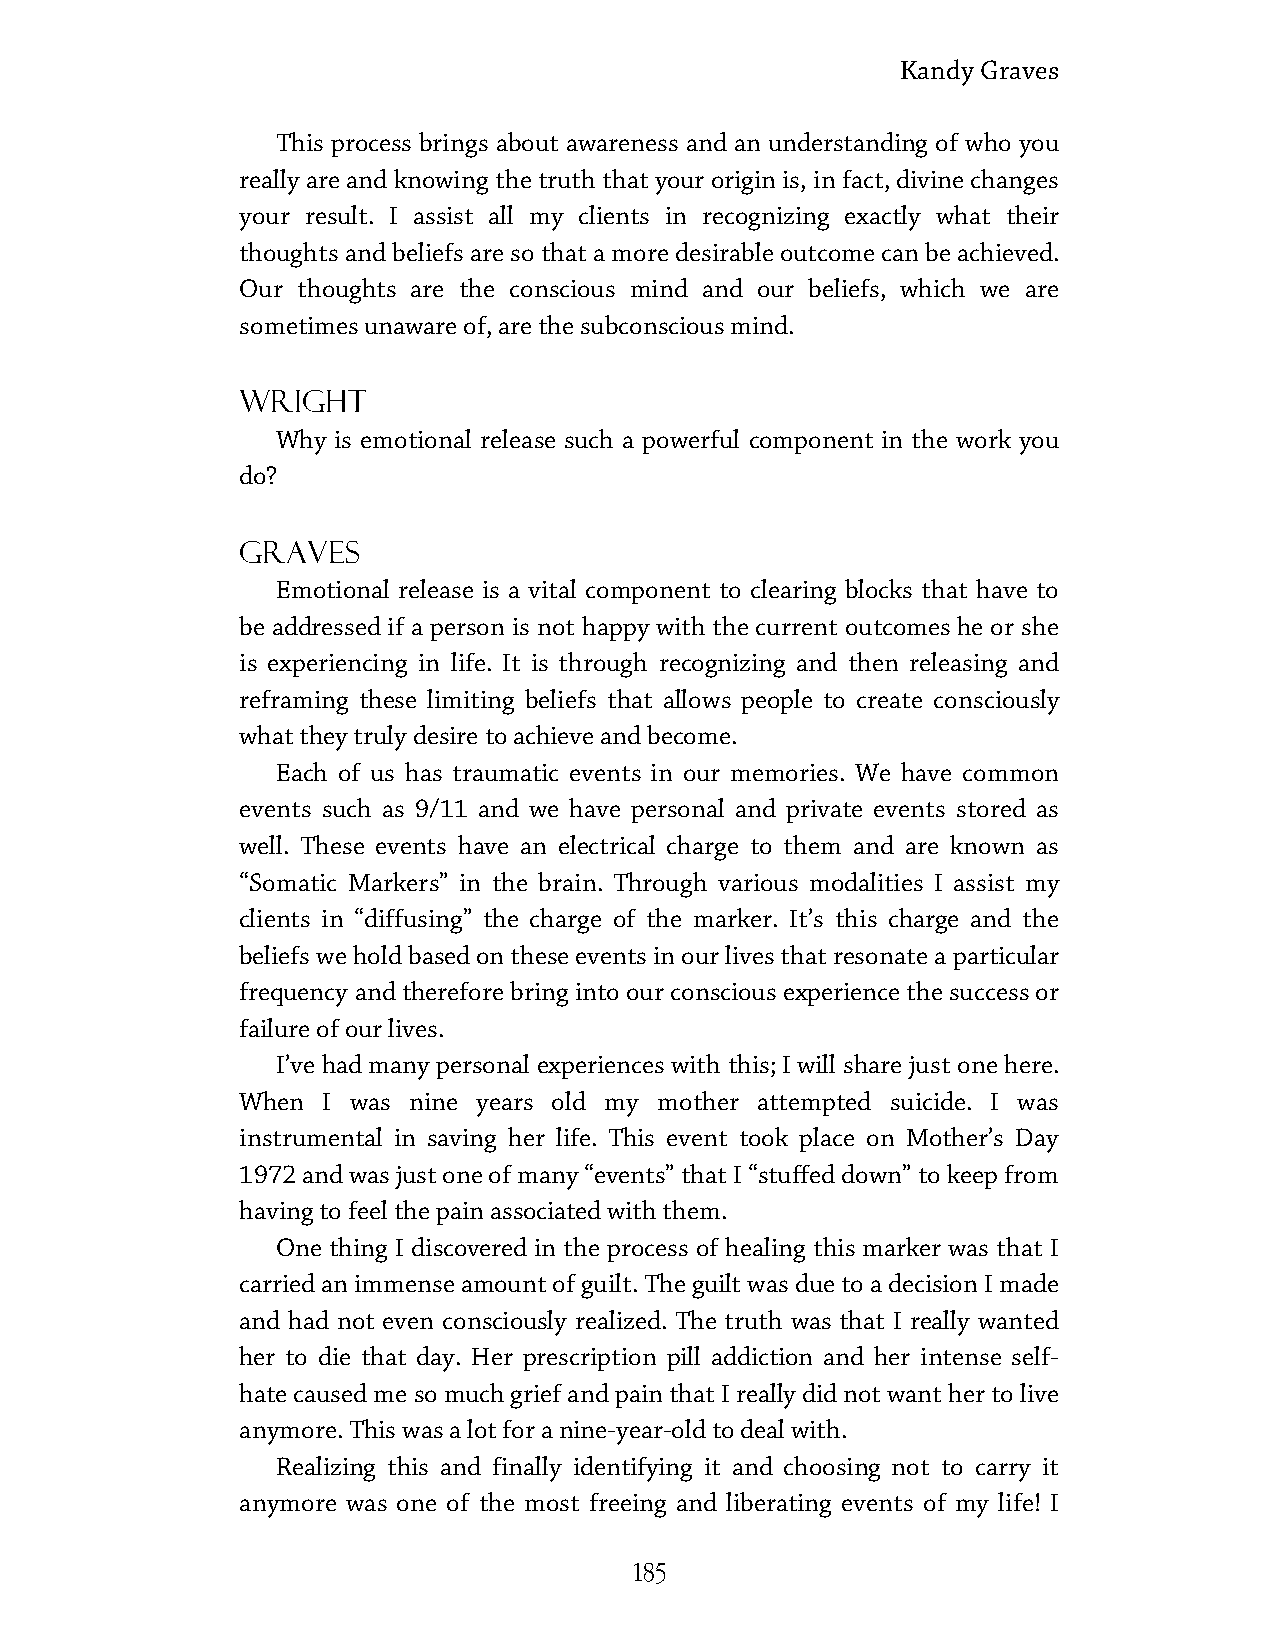
Kandy Graves
 This process brings about awareness and an understanding of who you
 really are and knowing the truth that your origin is, in fact, divine changes
 your result. I assist all my clients in recognizing exactly what their
 thoughts and beliefs are so that a more desirable outcome can be achieved.
 Our thoughts are the conscious mind and our beliefs, which we are
 sometimes unaware of, are the subconscious mind.
 Wright
 Why is emotional release such a powerful component in the work you
 do?
 Graves
 Emotional release is a vital component to clearing blocks that have to
 be addressed if a person is not happy with the current outcomes he or she
 is experiencing in life. It is through recognizing and then releasing and
 reframing these limiting beliefs that allows people to create consciously
 what they truly desire to achieve and become.
 Each of us has traumatic events in our memories. We have common
 events such as 9/11 and we have personal and private events stored as
 well. These events have an electrical charge to them and are known as
 “Somatic Markers” in the brain. Through various modalities I assist my
 clients in “diffusing” the charge of the marker. It’s this charge and the
 beliefs we hold based on these events in our lives that resonate a particular
 frequency and therefore bring into our conscious experience the success or
 failure of our lives.
 I’ve had many personal experiences with this; I will share just one here.
 When I was nine years old my mother attempted suicide. I was
 instrumental in saving her life. This event took place on Mother’s Day
 1972 and was just one of many “events” that I “stuffed down” to keep from
 having to feel the pain associated with them.
 One thing I discovered in the process of healing this marker was that I
 carried an immense amount of guilt. The guilt was due to a decision I made
 and had not even consciously realized. The truth was that I really wanted
 her to die that day. Her prescription pill addiction and her intense self-
 hate caused me so much grief and pain that I really did not want her to live
 anymore. This was a lot for a nine-year-old to deal with.
 Realizing this and finally identifying it and choosing not to carry it
 anymore was one of the most freeing and liberating events of my life! I
 185